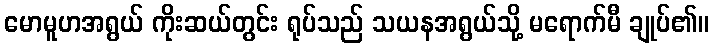
မောမူဟအရွယ် ကိုးဆယ်တွင်း ရုပ်သည် သယနအရွယ်သို့ မရောက်မီ ချုပ်၏။